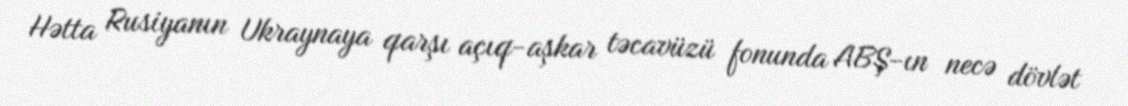
Hətta Rusiyanın Ukraynaya qarşı açıq-aşkar təcavüzü fonunda ABŞ-ın necə dövlət